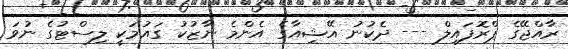
ރާއްޖޭގެ ޕްރޮފައިލް --- ދެކުނު އޭޝިއާގެ އެންމެ ނާޒުކު ގައުމަކީ ލިސްޓުގެ ނުވަ